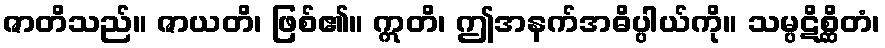
ဇာတိသည်။ ဇာယတိ၊ ဖြစ်၏။ ဣတိ၊ ဤအနက်အဓိပ္ပါယ်ကို။ သမ္ပဋိစ္ဆိတံ၊